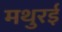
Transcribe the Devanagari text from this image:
मथुरई